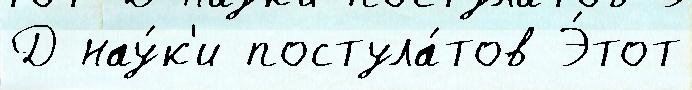
Д нау́к'и постула́тов Э́тот